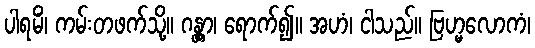
ပါရမိံ၊ ကမ်းတဖက်သို့။ ဂန္တွာ၊ ရောက်၍။ အဟံ၊ ငါသည်။ ဗြဟ္မလောကံ၊